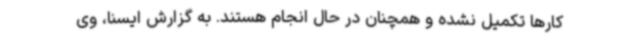
کارها تکمیل نشده و همچنان در حال انجام هستند. به گزارش ایسنا، وی